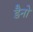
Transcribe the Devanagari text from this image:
डैनो